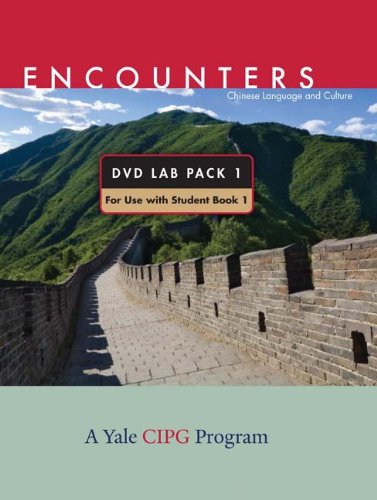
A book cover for Encounters: Chinese Language and Culture, Dvd Lab Pack 1; Cynthia Y. Ning; Politics & Social Sciences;